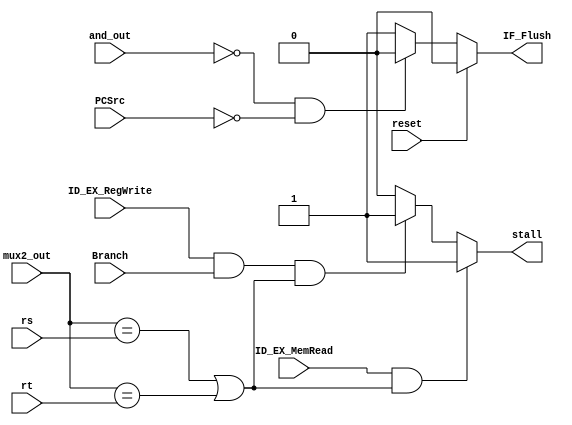

module HazardUnit(
input reset,
input ID_EX_RegWrite,
input Branch,
input and_out,
input [2:0] PCSrc,
input ID_EX_MemRead,
input [4:0] mux2_out,
input [4:0] rs,
input [4:0] rt,
output wire stall,
output reg IF_Flush
    );
    assign stall=(ID_EX_MemRead &&(mux2_out==rs || mux2_out==rt))?1:
    (ID_EX_RegWrite && Branch &&(mux2_out==rs || mux2_out==rt))?1:0;
//    assign stall=(ID_EX_MemRead==1)? ((mux2_out==rs)?1:((mux2_out==rt)?1:0)):
//    (ID_EX_RegWrite)? ((mux2_out==rs)?1:((mux2_out==rt)?1:0):0;
    
    //(ID_EX_RegWrite==1 && Branch==1)?((mux2_out==rs)?1:((mux2_out==rt)?1:0):0;
    always @(*)
    begin
    if(reset) IF_Flush<=0;
    else IF_Flush<=(and_out==0 && (PCSrc==3'b000 /*||PCSrc==3'b011||PCSrc==3'b100*/))? 0:1;
    end
    
endmodule